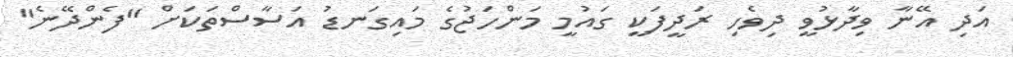
އަދި އޭނާ ވިދާޅުވީ ދިވެހި ރަދީފަކީ ގައުމީ މަންހަޖުގެ މައިގަނޑު އަސާސްތަކަށް "ފެންދޭނެ"